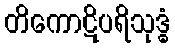
တိကောဋိပရိသုဒ္ဓံ